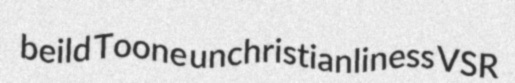
beild Toone unchristianliness VSR